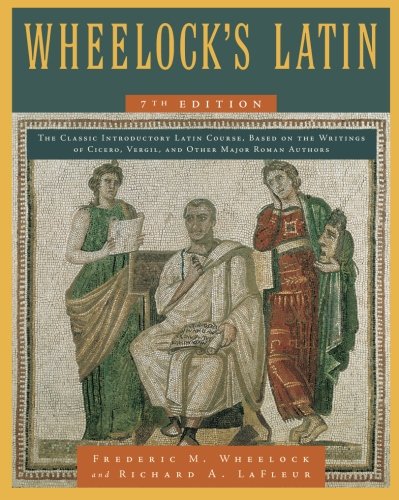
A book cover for Wheelock's Latin 7th Edition (The Wheelock's Latin Series); Richard A. LaFleur; Reference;